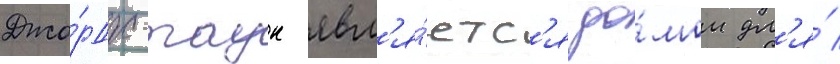
Джо́рдж-таун явл'я́етс'я до́мом дл'я́